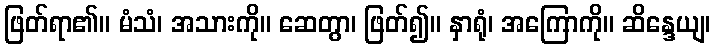
ဖြတ်ရာ၏။ မံသံ၊ အသားကို။ ဆေတွာ၊ ဖြတ်၍။ နှာရုံ၊ အကြောကို။ ဆိန္ဒေယျ၊